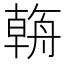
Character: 𦩻